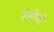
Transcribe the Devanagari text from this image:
रॅलीची